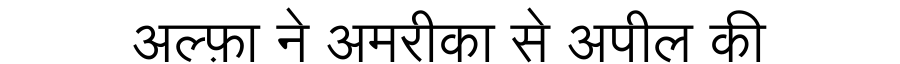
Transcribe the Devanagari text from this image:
अल्फ़ा ने अमरीका से अपील की